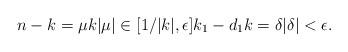
LaTeX: \begin{align*}n-k = \mu k |\mu| \in [1/|k|, \epsilon] k_1 - d_1k = \delta |\delta| < \epsilon.\end{align*}